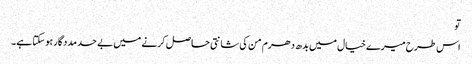
تو
اس طرح میرے خیال میں بدھ دھرم من کی شانتی حاصل کرنے میں بے حد مددگار ہو سکتا ہے۔